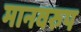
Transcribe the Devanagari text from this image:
मानवरुप